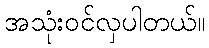
အသုံးဝင်လှပါတယ်။